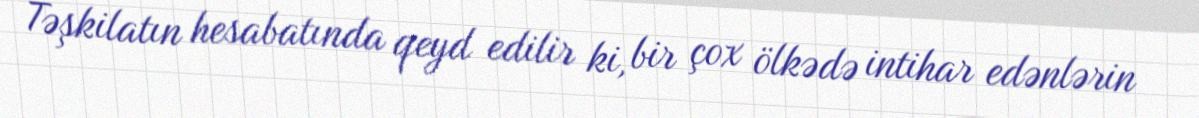
Təşkilatın hesabatında qeyd edilir ki, bir çox ölkədə intihar edənlərin